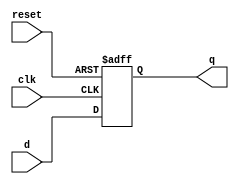
module pipo (clk,reset,d,q);

input clk,reset;
input [3:0]d;
output reg [3:0]q;

always @(posedge clk or negedge reset) begin
    if (!reset) begin
        q <= 1'b0;
    end   

    else 
        q <= d;
end
    
endmodule